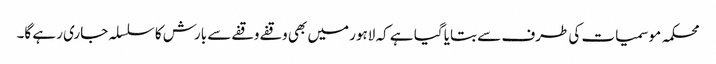
محکمہ موسمیات کی طرف سے بتایا گیا ہے کہ لاہور میں بھی وقفے وقفے سے بارش کا سلسلہ جاری رہے گا۔